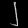
Digit: ၂